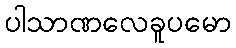
ပါသာဏလေခူပမော